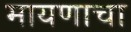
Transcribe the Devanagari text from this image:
मायणाचा